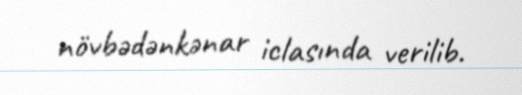
növbədənkənar iclasında verilib.